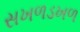
સખળડખળ